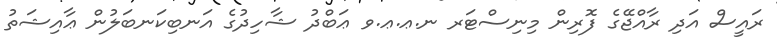
ރައީސް އަދި ރާއްޖޭގެ ފޮރިން މިނިސްޓަރ ނ.ޢ.ޢ.ވ ޢަބްދު ޝާހިދުގެ އަނބިކަނބަލުން ޢާއިޝަތު